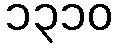
၁၃၁၀